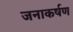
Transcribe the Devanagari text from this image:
जनाकर्षण